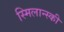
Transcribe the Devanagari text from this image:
स्मिलान्स्की